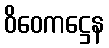
ဝိဝေကဋ္ဌေန